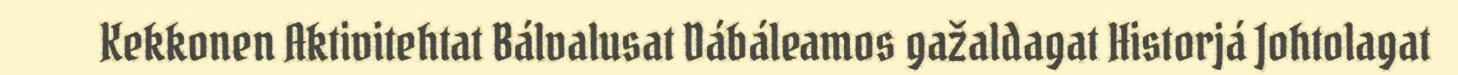
Kekkonen Aktivitehtat Bálvalusat Dábáleamos gažaldagat Historjá Johtolagat